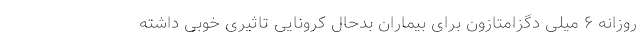
روزانه ۶ میلی دگزامتازون برای بیماران بدحال کرونایی تاثیری خوبی داشته